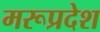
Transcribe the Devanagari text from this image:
मरूप्रदेश